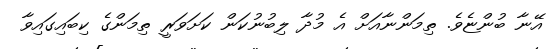
އޭނާ ބުންޏެވެ. ތިމަންނާއަށް އެ މުދާ ލިބުނުކަން ކަށަވަރީ ތިމަންގެ ކިބައިގައިވާ